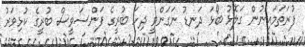
ފުރަތަމައިނުން ގަލޮޅު ބޯޅަ ދަނޑު ނަގަންވީ ދިހަ ބުރީގެ ފަންސަވީސް ބުރީގެ ކުޅިވަރު